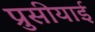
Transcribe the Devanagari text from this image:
प्रुसीयाई